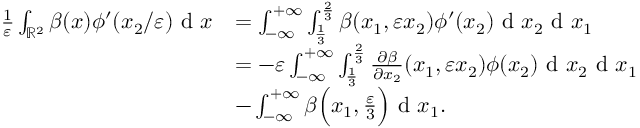
\begin{array} { r l } { \frac { 1 } { \varepsilon } \int _ { \mathbb { R } ^ { 2 } } \beta ( x ) \phi ^ { \prime } ( x _ { 2 } / \varepsilon ) \textrm { d } x } & { = \int _ { - \infty } ^ { + \infty } \int _ { \frac { 1 } { 3 } } ^ { \frac { 2 } { 3 } } \beta ( x _ { 1 } , \varepsilon x _ { 2 } ) \phi ^ { \prime } ( x _ { 2 } ) \textrm { d } x _ { 2 } \textrm { d } x _ { 1 } } \\ & { = - \varepsilon \int _ { - \infty } ^ { + \infty } \int _ { \frac { 1 } { 3 } } ^ { \frac { 2 } { 3 } } \frac { \partial \beta } { \partial x _ { 2 } } ( x _ { 1 } , \varepsilon x _ { 2 } ) \phi ( x _ { 2 } ) \textrm { d } x _ { 2 } \textrm { d } x _ { 1 } } \\ & { - \int _ { - \infty } ^ { + \infty } \beta \Big ( x _ { 1 } , \frac { \varepsilon } { 3 } \Big ) \textrm { d } x _ { 1 } . } \end{array}